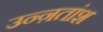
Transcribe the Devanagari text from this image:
उन्ऩतांश